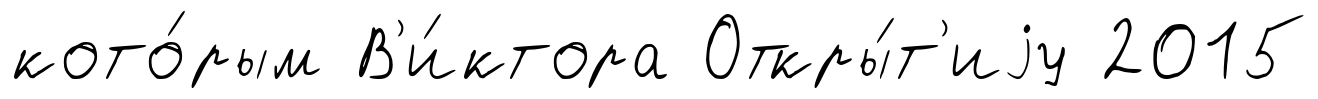
кото́рым В'и́ктора Откры́т'иjу 2015